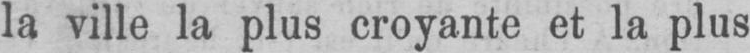
la ville la plus croyante et la plus